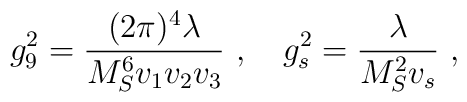
g_9^{2} = {{(2 \pi)^4 \lambda} \over {M_S^6 v_1 v_2 v_3}}~, ~~~g_s^{2} = {\lambda \over {M_S^2 v_s}}~,